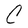
Character: C